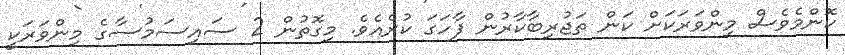
ކޮންމެވެސް މިންވަރަކަށް ކަން ތަޖުރިބާކާރުން ފާހަގަ ކުރެއެވެ. މިގޮތުން 2 ސައިސަމުސާގެ މިންވަރަކީ